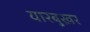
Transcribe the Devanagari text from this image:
यारबुख़र